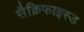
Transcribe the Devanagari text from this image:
सैक्रिफाइस्ड